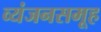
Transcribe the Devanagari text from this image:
व्यंजनसमूह